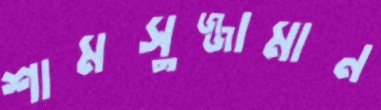
শামসুজ্জামান